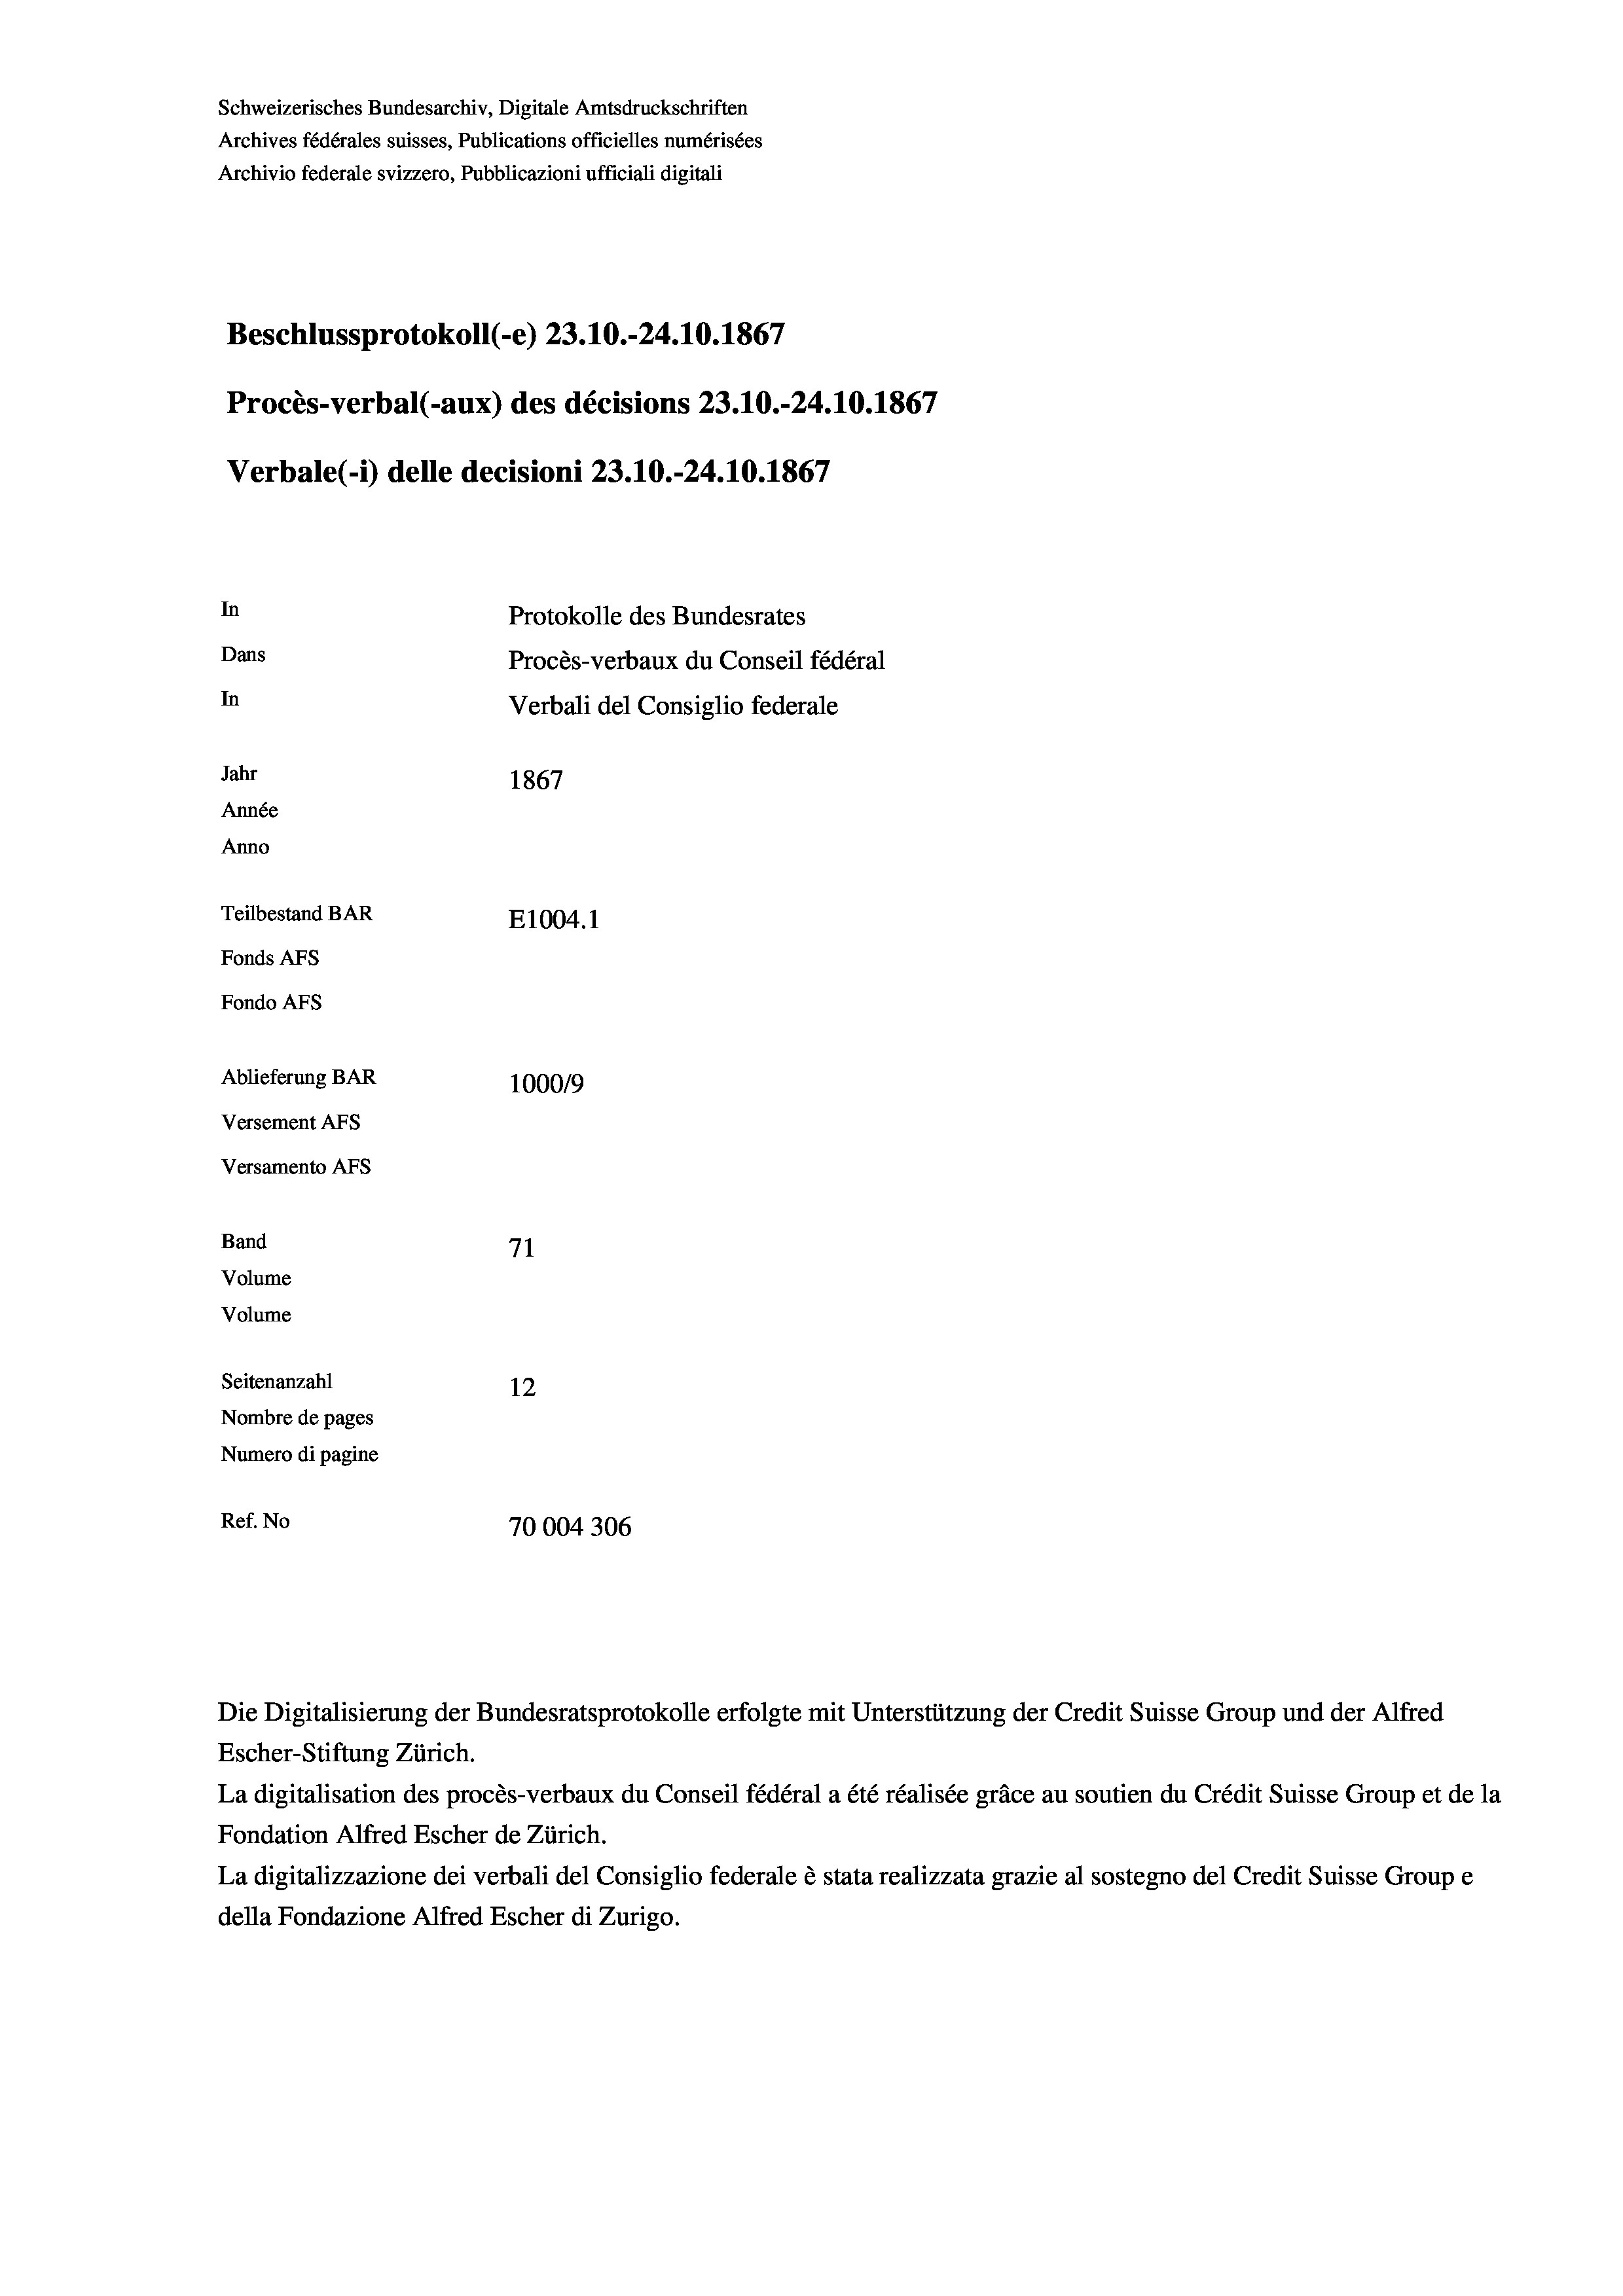
Schweizerisches Bundesarchiv, Digitale Amtsdruckschriften
Archives fédérales suisses, Publications officielles numérisées
Archivio federale svizzero, Pubblicazioni ufficiali digitali
Beschlussprotokoll (-e) 23.10.-24.10.1867
Procès-verbal (-aux) des décisions 23.10.-24.10.1867
Verbale (- 1) delle decisioni 23.10.-24.10.1867
In
Protokolle des Bundesrates
Dans
Procès-verbaux du Conseil fédéral
In
Verbali del Consiglio federale
Jahr
1867
Année
Anno
Teilbestand BAR
E1004.1
Fonds AFs
Fondo AFs
Ablieferung BAR
100019
Versement AFs
Versamento AFs

Band
Volume
Volume

71
Seitenanzahl
12
Nombre de pages
Numero di pagine
Ref. No
70004 306

Die Digitalisierung der Bundesratsprotokolle erfolgte mit Unterstützung der Credit Suisse Group und der Alfred

Escher-Stiftung Zürich.
La digitalisation des procès-verbaux du Conseil fédéral a été réalisée gräce au soutien du Crédit Suisse Group et de la
Fondation Alfred Escher de Zürich.
La digitalizzazione dei verbali del Consiglio federale è stata realizzata grazie al sostegno del Credit Suisse Groupe
della Fondazione Alfred Escher di Zurigo.